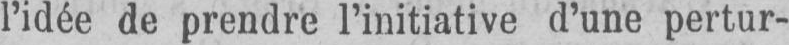
l’idée de prendre l’initiative d’une pertur-